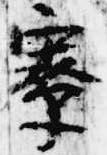
寮